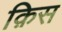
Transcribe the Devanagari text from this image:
क़िस